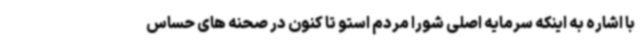
با اشاره به اینکه سرمایه اصلی شورا مردم استو تا کنون در صحنه های حساس